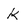
Character: k